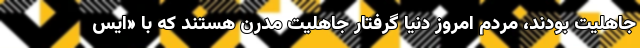
جاهلیت بودند، مردم امروز دنیا گرفتار جاهلیت مدرن هستند که با «ایس